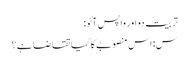
تربیت دو اور واپس آئو:
س: اس منصوبے کا کیا تقاضا ہے؟